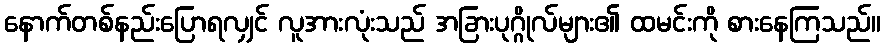
နောက်တစ်နည်းပြောရလျှင် လူအားလုံးသည် အခြားပုဂ္ဂိုလ်များ၏ ထမင်းကို စားနေကြသည်။